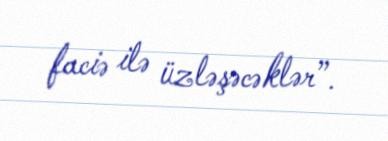
faciə ilə üzləşəcəklər”.